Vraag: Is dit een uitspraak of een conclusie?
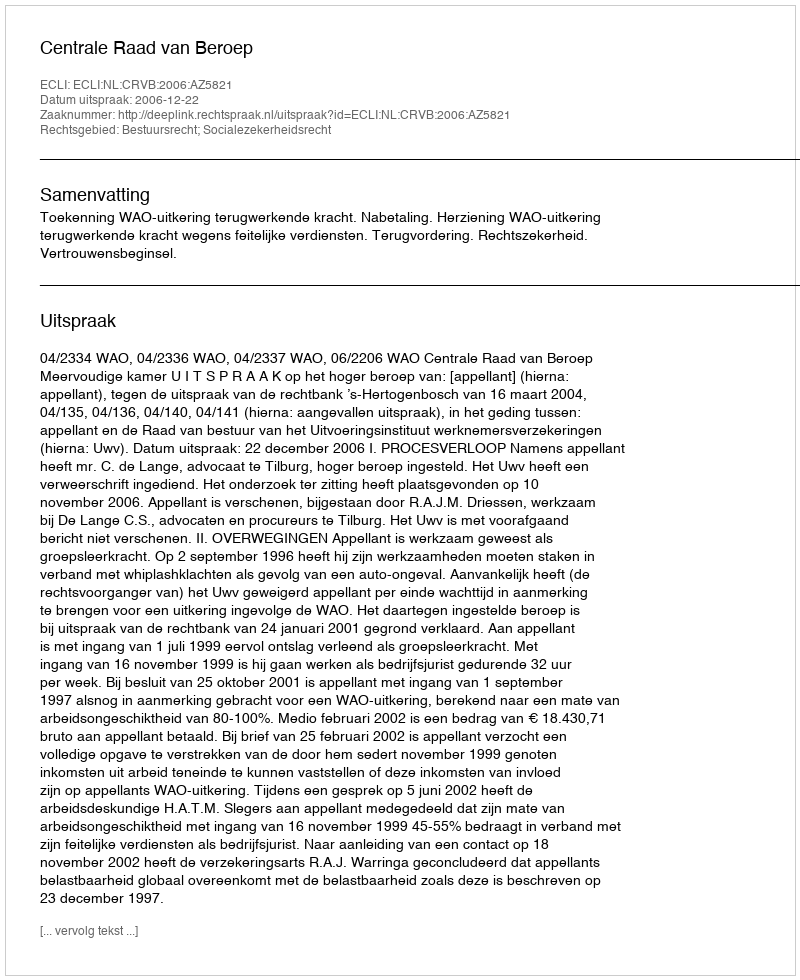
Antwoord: Uitspraak